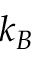
k _ { B }